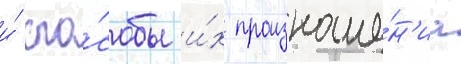
и́ спо́собы и́х произноше́н'иа